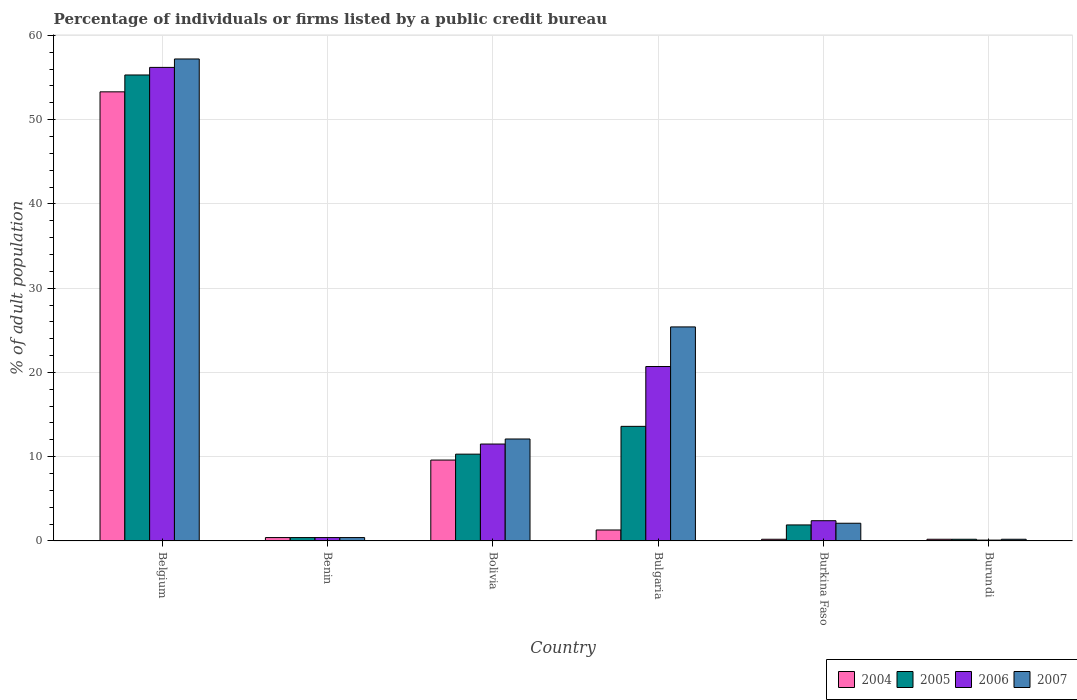
| Country | 2004 | 2005 | 2006 | 2007 |
 | --- | --- | --- | --- | --- |
 | Belgium | 53.3 | 55.3 | 56.2 | 57.2 |
 | Benin | 0.4 | 0.4 | 0.4 | 0.4 |
 | Bolivia | 9.6 | 10.3 | 11.5 | 12.1 |
 | Bulgaria | 1.3 | 13.6 | 20.7 | 25.4 |
 | Burkina Faso | 0.2 | 1.9 | 2.4 | 2.1 |
 | Burundi | 0.2 | 0.2 | 0.1 | 0.2 |